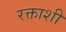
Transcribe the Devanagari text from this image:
रक्ताशी